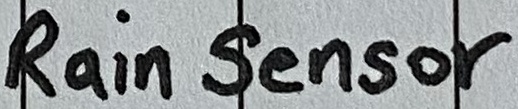
Text: Rain Sensor